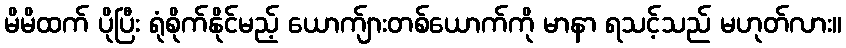
မိမိထက် ပိုပြီး ရုံစိုက်နိုင်မည့် ယောက်ျားတစ်ယောက်ကို မာနာ ရသင့်သည် မဟုတ်လား။